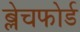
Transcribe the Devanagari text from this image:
ब्लेचफोर्ड